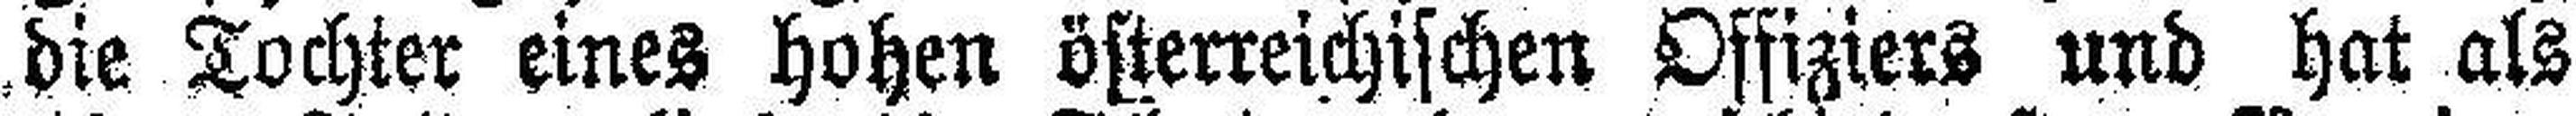
die Tochter eines hohen österreichischen Offiziers und hat als